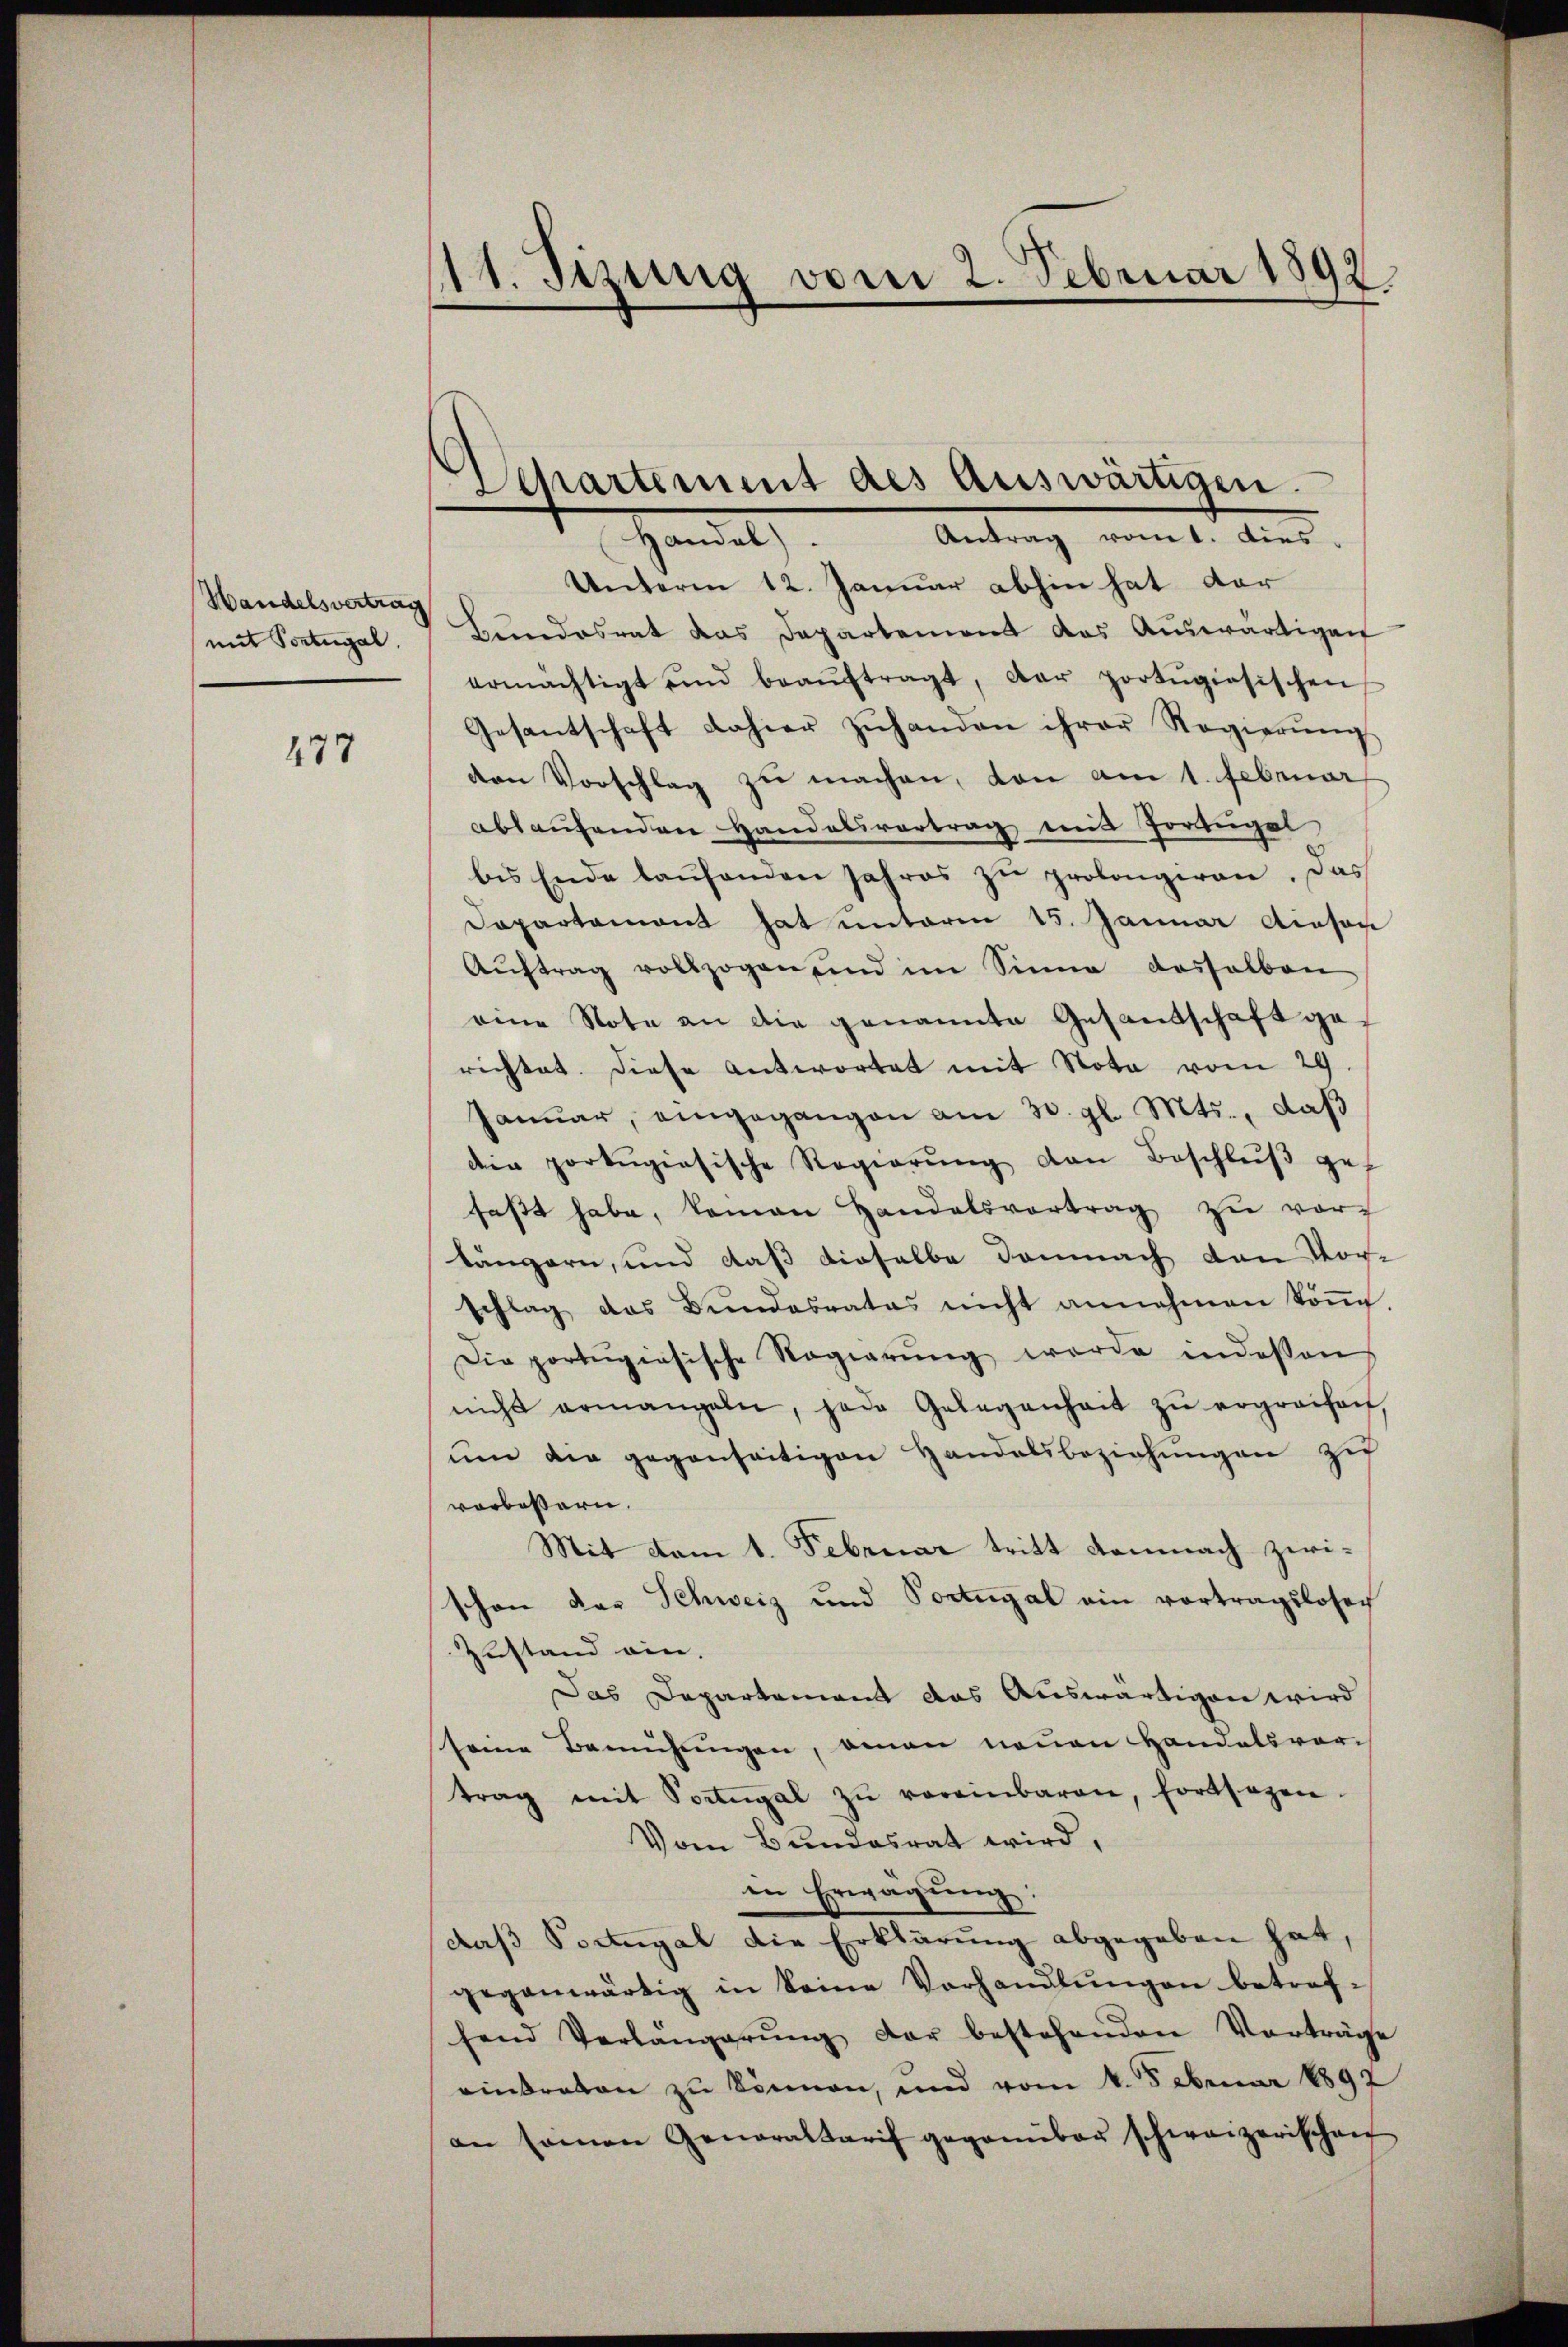
Handelsvertrag
mit Portugal.

477

111. Jezung vom 2. Februar 1892.

Separtement des Auswärtigen.
Handal). Antrag vom t. dies-

Unterm 12. Januar abhin hat der
hundesrat das Departement das Aŭswärtigen
ermächtigt und beaŭftragt, der portŭgiesischen
Gesantschaft dahier zŭhanden ihrer Regierŭng
den Vorschlag zu machen, von am 1. Februar
ablaufenden Handelsvertrag mit Portugal
bis Ende laŭfenden Jahres zŭ prolongiren. Das
Departament hat unterm 15. Januar diesen
Aŭftrag vollzogen und im Sinne dasselben
eine Note an die genannte Gesandschaft gerichtet. Diese antwortet mit Nota vom 29.
Januar, eingegangen am 30. gl. Mts., daß
der portugisische Regierŭng von Beschlŭβ gef
fasst habe, kamen Handelsvortrag zu vorlängern, und daß dieselbe demnach den Vor-
schlag das Bŭndesrates nicht annehmen köṅe.
Die portugisische Regierŭng werde indessen
nicht ermangeln, jede Gelegenheit zŭ ergreifen,
ŭm die gegenseitigen Handelsbeziehŭngen zu
vorbessern.
Mit vom 1. Februar tritt demnach zwischon der Schweiz und Portugal ein vortragslosech
Zustand ein.
Das Departement das Auswärtigen wird
same Bemühungen, man neuen Handelsvor-
trag mit Portugal zŭ vereinbaren, fortsagen.
Vom Bundesrat wird,
in Erwägung:
daβ Portugal die Erklärung abgegeben hat,
gegenwärtig in keine Vorhandlungen betrefhend Verlängerŭng der bestehenden Vorträge
eintreten zu können, und vom 4. Februar 1892
an seinen Generaltarif gegenüber schweizerischen